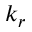
k _ { r }